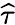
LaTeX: \widehat{\tau}